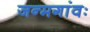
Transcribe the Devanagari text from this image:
जन्मगांवः